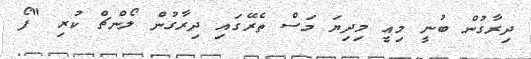
ދިރާގުން ބުނީ މިއީ މިދިޔަ މަސް ތެރޭގައި ދިރާގުން ލޯންޗް ކުރި "ފޯ